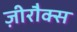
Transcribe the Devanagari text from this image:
ज़ीरौक्स